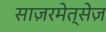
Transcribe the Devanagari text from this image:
साज़रमेत्सेज़